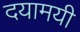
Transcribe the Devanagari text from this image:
दयामयी